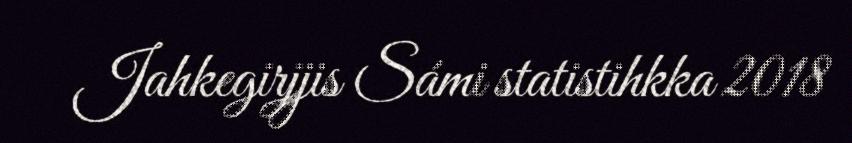
Jahkegirjjis Sámi statistihkka 2018